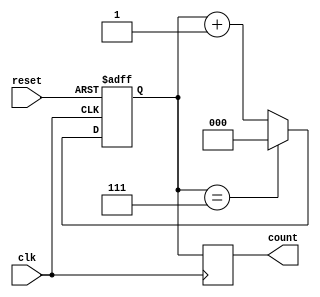
module up_counter_moore #(
    parameter N = 3  // Number of bits for the counter
)(
    input wire clk,       // Clock input
    input wire reset,     // Asynchronous reset input
    output reg [N-1:0] count // Output representing the current count
);

// State declaration
reg [N-1:0] current_state, next_state;

// State transition logic
always @(posedge clk or posedge reset) begin
    if (reset) begin
        current_state <= 0; // Reset state to 0
    end else begin
        current_state <= next_state; // Transition to next state
    end
end

// Next state logic
always @(*) begin
    if (current_state == (1 << N) - 1) begin
        next_state = 0; // Wrap around to 0 on overflow
    end else begin
        next_state = current_state + 1; // Increment state
    end
end

// Output logic (Moore machine)
always @(posedge clk) begin
    count <= current_state; // Output is the current state
end

endmodule